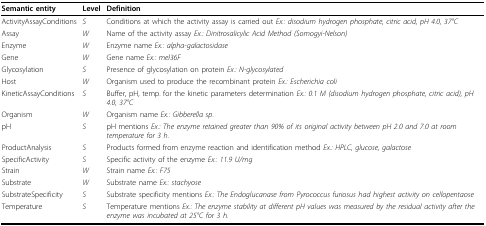
<table><thead><tr><td><b>Semantic entity</b></td><td><b>Level</b></td><td><b>Definition</b></td></tr></thead><tbody><tr><td>ActivityAssayConditions</td><td><i>S</i></td><td>Conditions at which the activity assay is carried out <i>Ex.: disodium hydrogen phosphate, citric acid, pH 4.0, 37°C</i></td></tr><tr><td>Assay</td><td><i>W</i></td><td>Name of the activity assay <i>Ex.: Dinitrosalicylic Acid Method (Somogyi-Nelson)</i></td></tr><tr><td>Enzyme</td><td><i>W</i></td><td>Enzyme name <i>Ex.: alpha-galactosidase</i></td></tr><tr><td>Gene</td><td><i>W</i></td><td>Gene name <i>Ex.: mel36F</i></td></tr><tr><td>Glycosylation</td><td><i>S</i></td><td>Presence of glycosylation on protein <i>Ex.: N-glycosylated</i></td></tr><tr><td>Host</td><td><i>W</i></td><td>Organism used to produce the recombinant protein <i>Ex.: Escherichia coli</i></td></tr><tr><td>KineticAssayConditions</td><td><i>S</i></td><td>Buffer, pH, temp. for the kinetic parameters determination <i>Ex.: 0.1 M (disodium hydrogen phosphate, citric acid), pH 4.0, 37°C</i></td></tr><tr><td>Organism</td><td><i>W</i></td><td>Organism name <i>Ex.: Gibberella sp</i>.</td></tr><tr><td>pH</td><td><i>S</i></td><td>pH mentions <i>Ex.: The enzyme retained greater than 90% of its original activity between pH 2.0 and 7.0 at room temperature for 3 h</i>.</td></tr><tr><td>ProductAnalysis</td><td><i>S</i></td><td>Products formed from enzyme reaction and identification method <i>Ex.: HPLC, glucose, galactose</i></td></tr><tr><td>SpecificActivity</td><td><i>S</i></td><td>Specific activity of the enzyme <i>Ex.: 11.9 U/mg</i></td></tr><tr><td>Strain</td><td><i>W</i></td><td>Strain name <i>Ex.: F75</i></td></tr><tr><td>Substrate</td><td><i>W</i></td><td>Substrate name <i>Ex.: stachyose</i></td></tr><tr><td>SubstrateSpecificity</td><td><i>S</i></td><td>Substrate specificity mentions <i>Ex.: The Endoglucanase from Pyrococcus furiosus had highest activity on cellopentaose</i></td></tr><tr><td>Temperature</td><td><i>S</i></td><td>Temperature mentions <i>Ex.: The enzyme stability at different pH values was measured by the residual activity after the enzyme was incubated at 25°C for 3 h</i>.</td></tr></tbody></table>